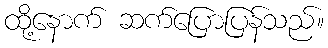
ထို့နောက် ဆက်ပြောပြန်သည်။